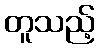
တူသည့်